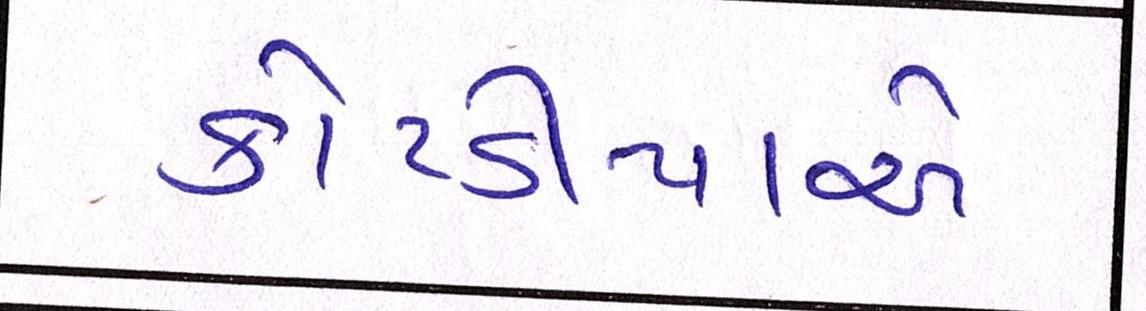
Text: કોટડીયાએ